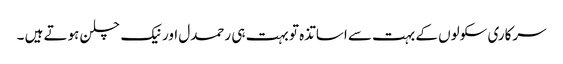
سرکاری سکولوں کے بہت سے اساتذہ تو بہت ہی رحمدل اور نیک چلن ہوتے ہیں ۔